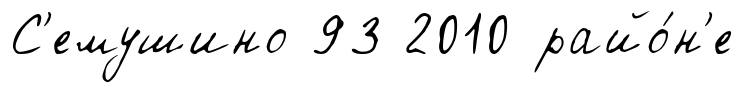
С'емушино 93 2010 райо́н'е